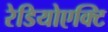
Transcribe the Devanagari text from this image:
रेडियोएक्टि